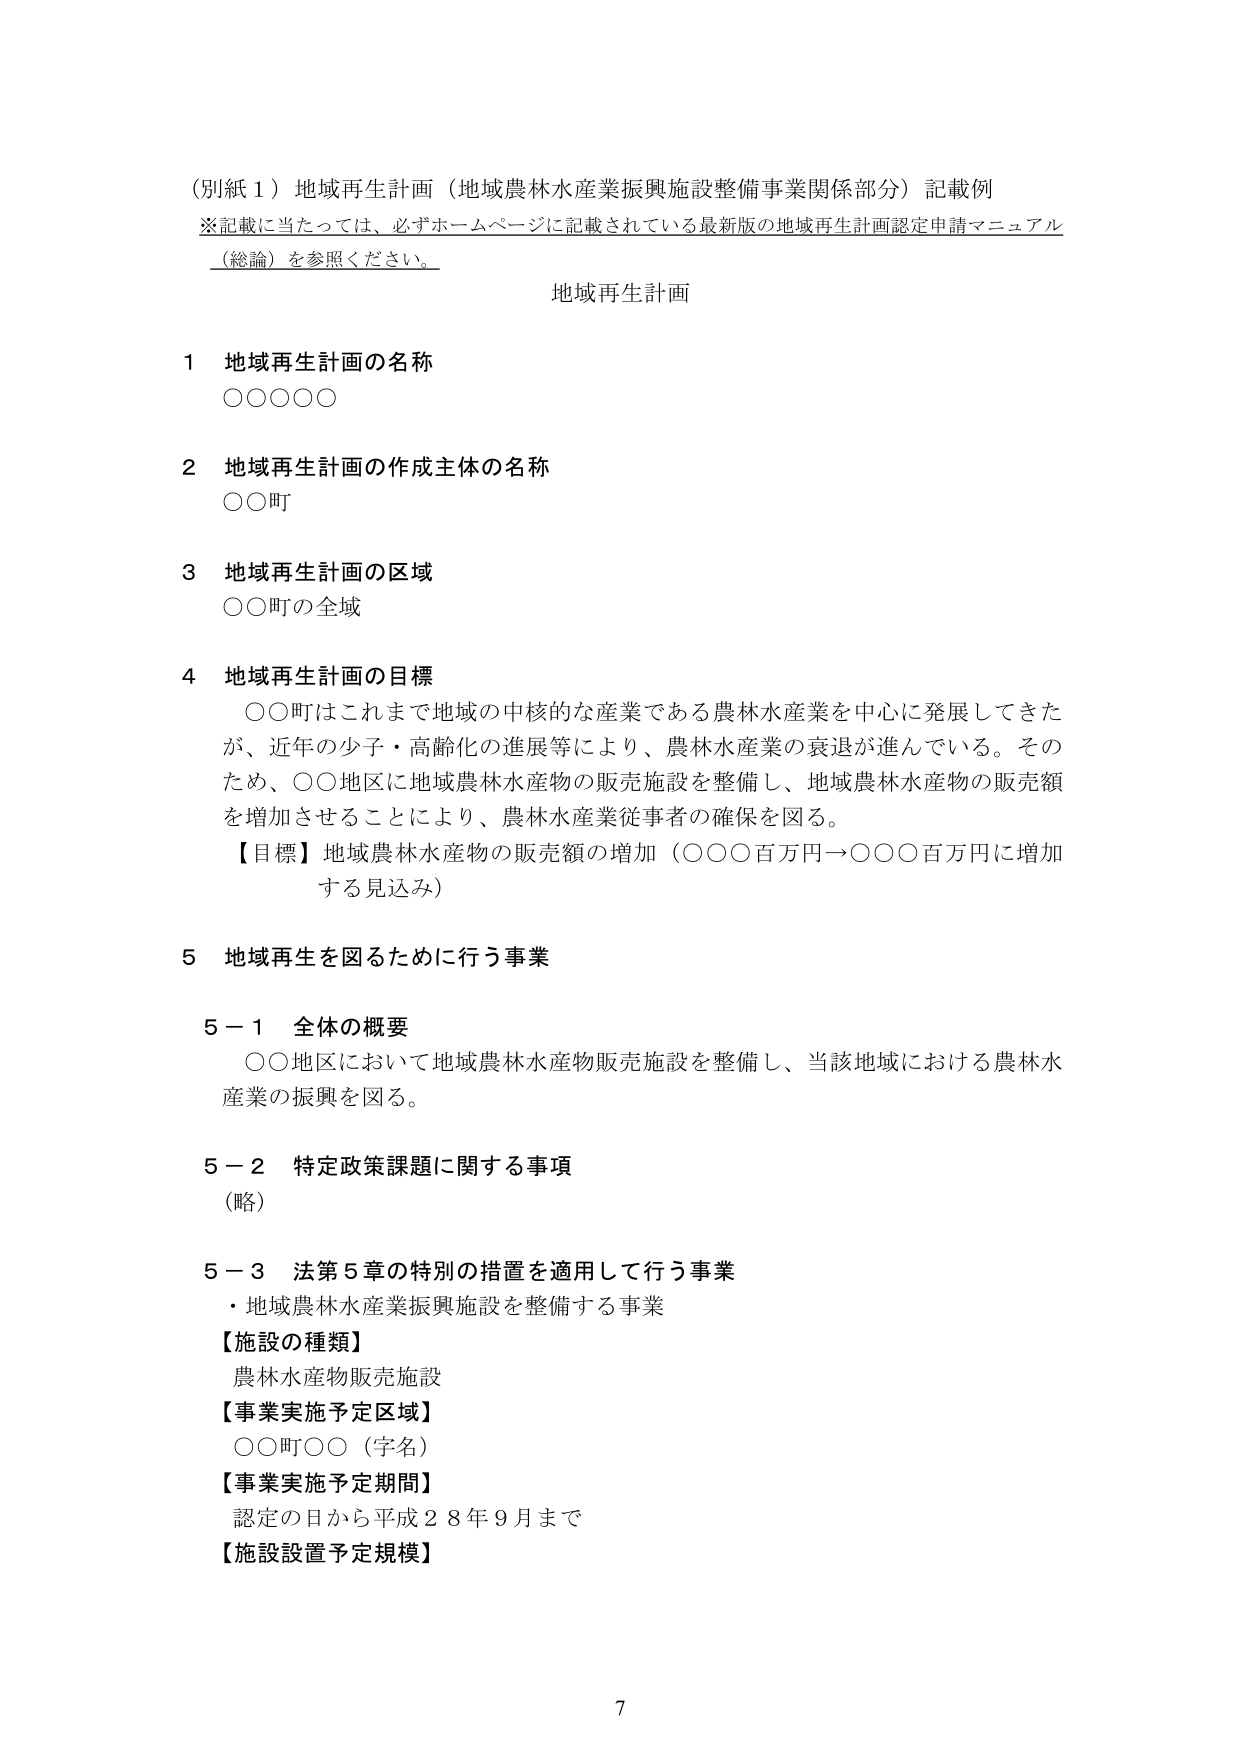
（別紙１）地域再生計画（地域農林水産業振興施設整備事業関係部分）記載例
※記載に当たっては、必ずホームページに記載されている最新版の地域再生計画認定申請マニュアル（総論）を参照ください。

地域再生計画

１ 地域再生計画の名称
○○○○○

２ 地域再生計画の作成主体の名称
○○町

３ 地域再生計画の区域
○○町の全域

４ 地域再生計画の目標
　○○町はこれまで地域の中核的な産業である農林水産業を中心に発展してきたが、近年の少子・高齢化の進展等により、農林水産業の衰退が進んでいる。そのため、○○地区に地域農林水産物の販売施設を整備し、地域農林水産物の販売額を増加させることにより、農林水産業従事者の確保を図る。
【目標】地域農林水産物の販売額の増加（○○○百万円→○○○百万円に増加する見込み）

５ 地域再生を図るために行う事業

　５－１ 全体の概要
　　○○地区において地域農林水産物販売施設を整備し、当該地域における農林水産業の振興を図る。

　５－２ 特定政策課題に関する事項
　　（略）

　５－３ 法第５章の特別の措置を適用して行う事業
　　・地域農林水産業振興施設を整備する事業
　　【施設の種類】
　　　農林水産物販売施設
　　【事業実施予定区域】
　　　○○町○○（字名）
　　【事業実施予定期間】
　　　認定の日から平成２８年９月まで
　　【施設設置予定規模】

7